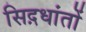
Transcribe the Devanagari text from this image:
सिद़धांतों